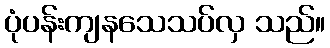
ပုံပန်းကျနသေသပ်လှ သည်။